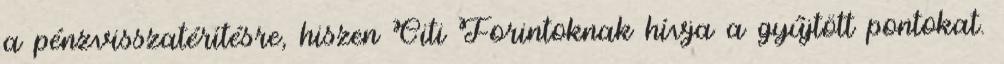
a pénzvisszatérítésre, hiszen Citi Forintoknak hívja a gyűjtött pontokat.